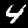
Digit: 4